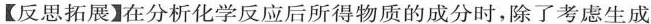
【反思拓展】在分析化学反应后所得物质的成分时，除了考虑生成